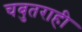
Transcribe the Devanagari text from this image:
चबुतराही